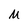
Character: M